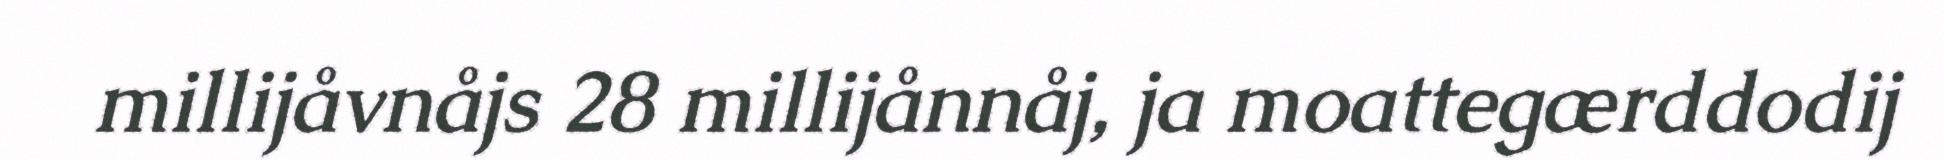
millijåvnåjs 28 millijånnåj, ja moattegærddodij